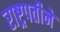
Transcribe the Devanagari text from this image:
राष्ट्रपतीने